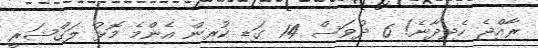
ރާއްޖެ ހެދިދާނެ! 6 ދުވަސް 14 ގަޑި ކުރިން އެންމެ މޮޅު ލަގްޝަރީ